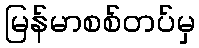
မြန်မာစစ်တပ်မှ